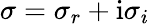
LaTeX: \sigma=\sigma_{r}+\mathrm{i}\sigma_{i}